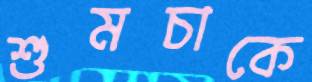
শুমচাকে